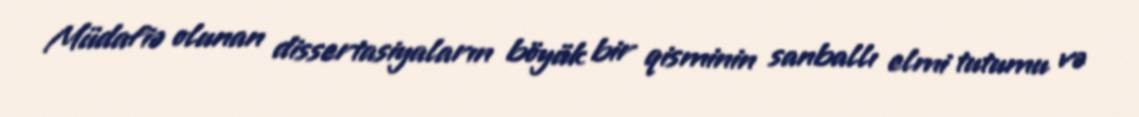
Müdafiə olunan dissertasiyaların böyük bir qisminin sanballı elmi tutumu və